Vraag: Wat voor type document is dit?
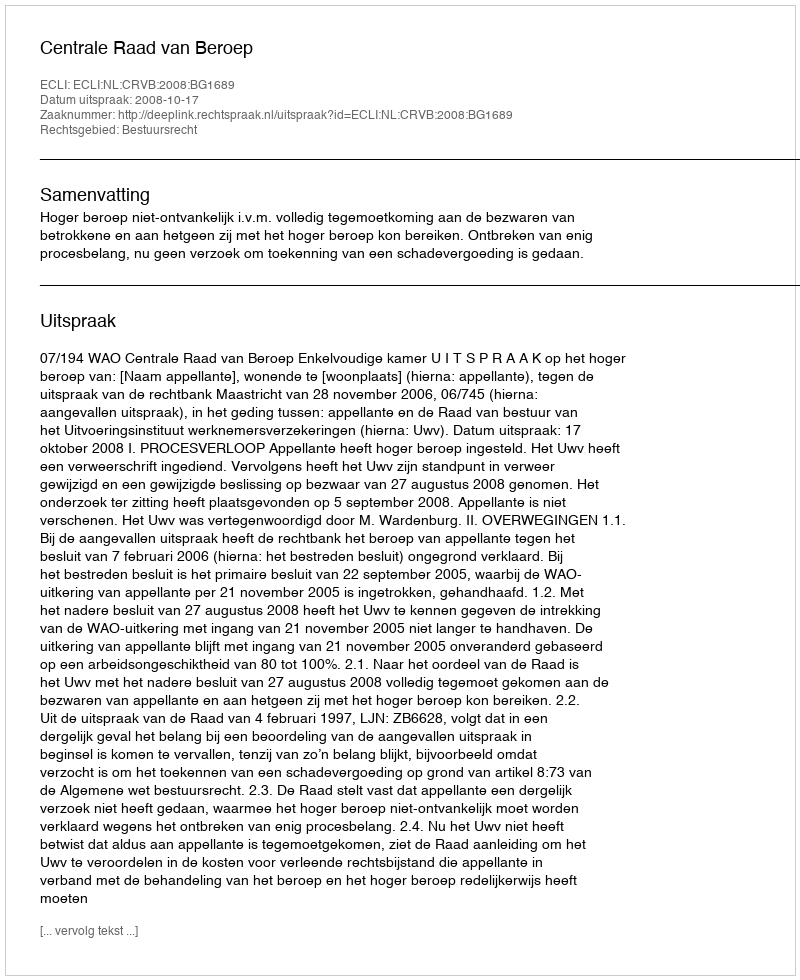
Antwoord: Uitspraak